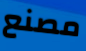
مصنع